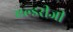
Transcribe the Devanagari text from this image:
एल्डरीजी